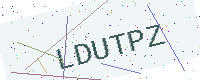
Text: LDUTPZ